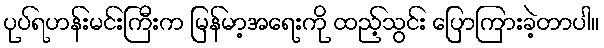
ပုပ်ရဟန်းမင်းကြီးက မြန်မာ့အရေးကို ထည့်သွင်း ပြောကြားခဲ့တာပါ။